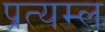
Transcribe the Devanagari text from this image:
प्रत्यम्ल